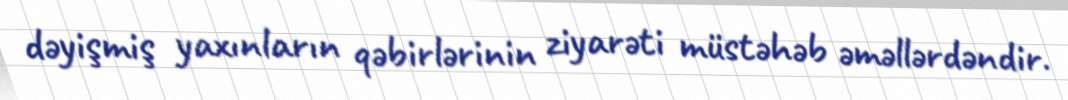
dəyişmiş yaxınların qəbirlərinin ziyarəti müstəhəb əməllərdəndir.